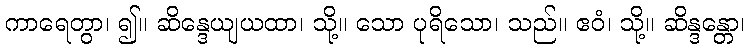
ကာရေတွာ၊ ၍။ ဆိန္ဒေယျယထာ၊ သို့။ သော ပုရိသော၊ သည်။ ဧဝံ၊ သို့။ ဆိန္ဒန္တော၊